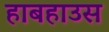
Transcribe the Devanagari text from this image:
हाबहाउस